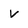
Character: v